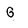
Character: G